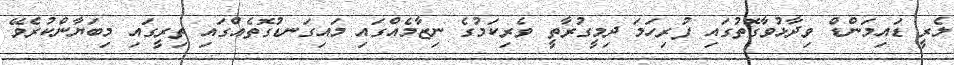
ލެރީ ޑައިމަންޑް ވިދާޅުވާގޮތުގައި ފުރިހަމަ ދިމީގުރާތީ ވެރިކަމުގެ ނިޒާމެއްގައި މައިގަނޑުގޮތެއްގައި ތިރީގައި މިބަޔާންކުރެވޭ